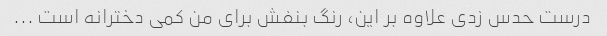
درست حدس زدی علاوه بر این، رنگ بنفش برای من کمی دخترانه است ...